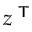
z ^ { \textsf { T } }